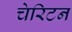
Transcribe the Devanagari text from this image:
चेरिटन